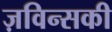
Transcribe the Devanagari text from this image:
ज़विन्सकी